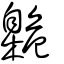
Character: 臲